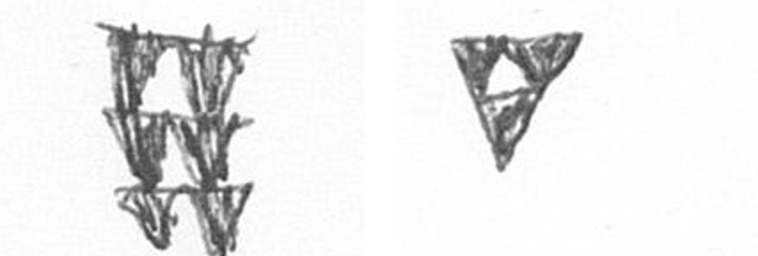
Y S